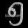
Digit: ၅